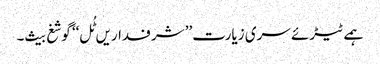
ہمے ٹیڑئے سری زیارت’’ شرفداریں ٹُل‘‘ گوشغ بیث۔